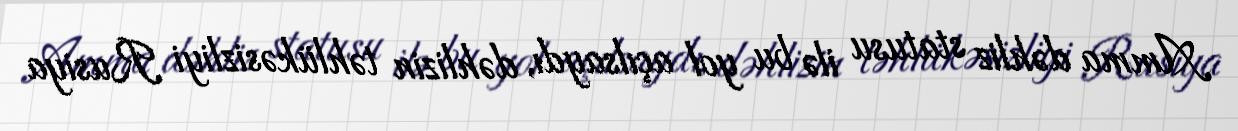
Amma dəhliz statusu ilə bu yol açılsaydı, dəhlizin təhlükəsizliyi Rusiya